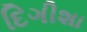
દિગીશા